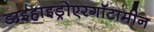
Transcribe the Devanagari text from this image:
डाइहाइड्रोएरगॉटामीन